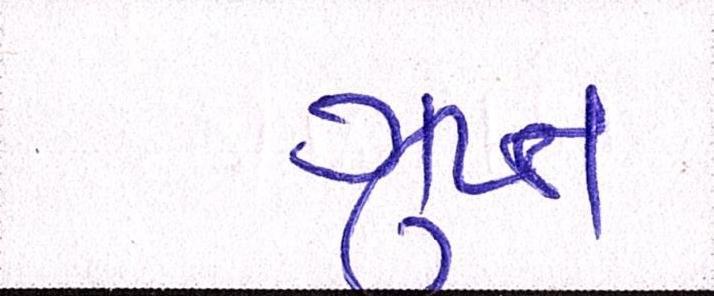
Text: ગુપ્ત